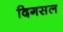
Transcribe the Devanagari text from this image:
दिगसल